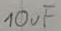
Text: 10µF